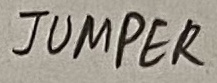
Text: JUMPER